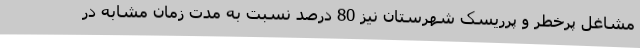
مشاغل پرخطر و پرریسک شهرستان نیز 80 درصد نسبت به مدت زمان مشابه در